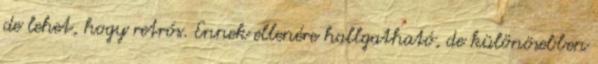
de lehet, hogy retrós. Ennek ellenére hallgatható, de különösebben